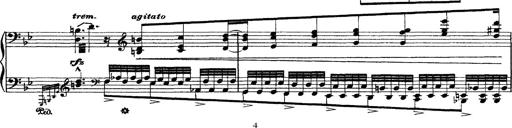
Title: Grandes Ã©tudes de Paganini
Composer: Franz Liszt